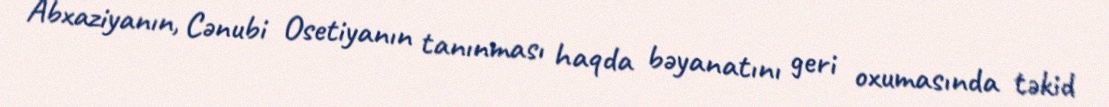
Abxaziyanın, Cənubi Osetiyanın tanınması haqda bəyanatını geri oxumasında təkid